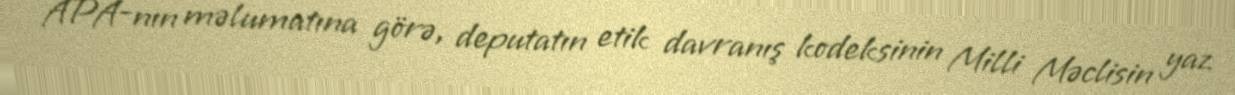
APA-nın məlumatına görə, deputatın etik davranış kodeksinin Milli Məclisin yaz